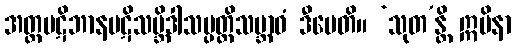
အတ္ထပဋိဘာနပဋိသမ္ဘိဒါသမ္ပတ္တိသဗ္ဘာဝံ ဒီပေတိ။ ‘သုတ’န္တိ ဣမိနာ